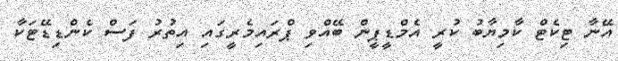
އޭނާ ޓިކެޓް ކާމިޔާބު ކުރީ އެމްޑީޕީން ބޭއްވި ޕްރައިމެރީގައި އިތުރު ފަސް ކެންޑިޑޭޓަކާ